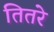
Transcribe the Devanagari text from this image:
तितरे